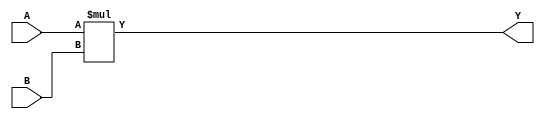
// This program was cloned from: https://github.com/lnis-uofu/OpenFPGA
// License: MIT License

//-----------------------------------------------------
// Design Name : mult_8x8
// Function    : A 8-bit multiplier
// Coder       : Xifan Tang
//-----------------------------------------------------

module mult_8x8 (
  input [0:7] A,
  input [0:7] B,
  output [0:15] Y
);

  assign Y = A * B;

endmodule